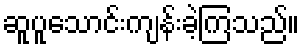
ဆူပူသောင်းကျန်းခဲ့ကြသည်။